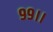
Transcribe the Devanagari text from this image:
९९।।